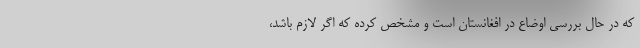
که در حال بررسی اوضاع در افغانستان است و مشخص کرده که اگر لازم باشد،